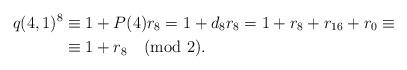
LaTeX: \begin{align*}q(4,1)^8&\equiv1+P(4)r_8=1+d_8r_8=1+r_8+r_{16}+r_0\equiv\\&\equiv1+r_8\pmod{2}.\end{align*}